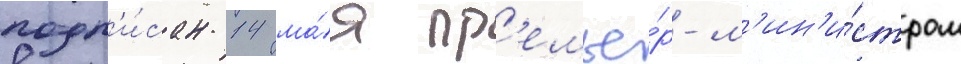
подп'и́сан 14 ма́я пр'емье́р-м'ин'и́стром